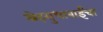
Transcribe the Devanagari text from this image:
स्नेहसुधाबाईंचा